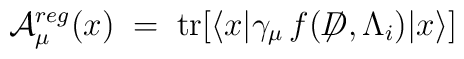
{\cal A}_\mu^{reg} (x)\;=\; {\rm tr}[ \langle x | \gamma_\mu \, f({\not\!\!D},{\Lambda_i}) |x \rangle ]